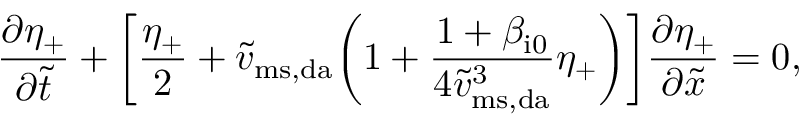
\frac { \partial \eta _ { + } } { \partial \widetilde { t } } + \biggl [ \frac { \eta _ { + } } { 2 } + \widetilde { v } _ { \mathrm { m s , d a } } \biggl ( 1 + \frac { 1 + \beta _ { \mathrm { i 0 } } } { 4 \widetilde { v } _ { \mathrm { m s , d a } } ^ { 3 } } \eta _ { + } \biggr ) \biggr ] \frac { \partial \eta _ { + } } { \partial \widetilde { x } } = 0 ,